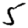
Digit: 5